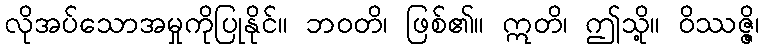
လိုအပ်သောအမှုကိုပြုနိုင်။ ဘဝတိ၊ ဖြစ်၏။ ဣတိ၊ ဤသို့။ ဝိဿဇ္ဇိ၊